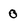
Character: 0